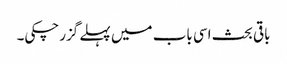
باقی بحث اسی باب میں پہلے گزرچکی۔